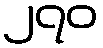
၂၇၀